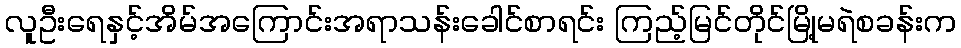
လူဦးရေနှင့်အိမ်အကြောင်းအရာသန်းခေါင်စာရင်း ကြည့်မြင်တိုင်မြို့မရဲစခန်းက